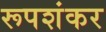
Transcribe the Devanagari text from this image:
रूपशंकर